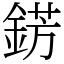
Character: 錺